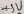
Text: +5V